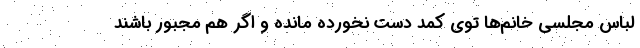
لباس مجلسی خانم‌ها توی کمد دست نخورده مانده و اگر هم مجبور باشند